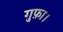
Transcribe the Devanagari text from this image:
गुफ़ा।